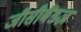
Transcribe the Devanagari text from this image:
जीसीबैंडज़